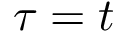
\tau = t